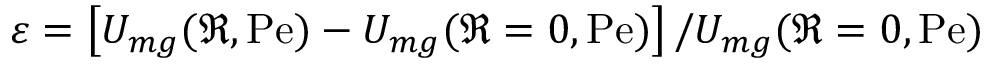
\varepsilon = \left[ U _ { m g } ( \Re , \mathrm { P e } ) - U _ { m g } ( \Re = 0 , \mathrm { P e } ) \right] / U _ { m g } ( \Re = 0 , \mathrm { P e } )